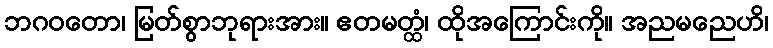
ဘဂဝတော၊ မြတ်စွာဘုရားအား။ ဧတမတ္ထံ၊ ထိုအကြောင်းကို။ အညမညေဟိ၊